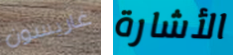
غاريسون الأشارة